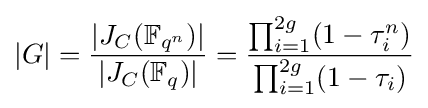
|G|={\dfrac {|J_{C}(\mathbb {F} _{q^{n}})|}{|J_{C}(\mathbb {F} _{q})|}}={\dfrac {\prod _{i=1}^{2g}(1-\tau _{i}^{n})}{\prod _{i=1}^{2g}(1-\tau _{i})}}